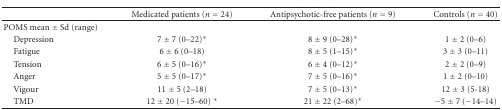
|  | Medicated patients (n = 24) | Antipsychotic-free patients (n = 9) | Controls (n = 40) |
 | --- | --- | --- | --- |
 | POMS mean ± Sd (range) |  |  |  |
 | Depression | 7 ± 7 (0–22)* | 8 ± 9 (0–28)* | 1 ± 2 (0–6) |
 | Fatigue | 6 ± 6 (0–18) | 8 ± 5 (1–15)* | 3 ± 3 (0–11) |
 | Tension | 6 ± 5 (0–16)* | 6 ± 4 (0–12)* | 2 ± 2 (0–9) |
 | Anger | 5 ± 5 (0–17)* | 7 ± 5 (0–16)* | 1 ± 2 (0–10) |
 | Vigour | 11 ± 5 (2–18) | 7 ± 5 (0–13)* | 12 ± 3 (5-18) |
 | TMD | 12 ± 20 (−15–60)* | 21 ± 22 (2–68)* | −5 ± 7 (−14–14) |